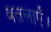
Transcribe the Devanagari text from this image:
बतलाएँ।